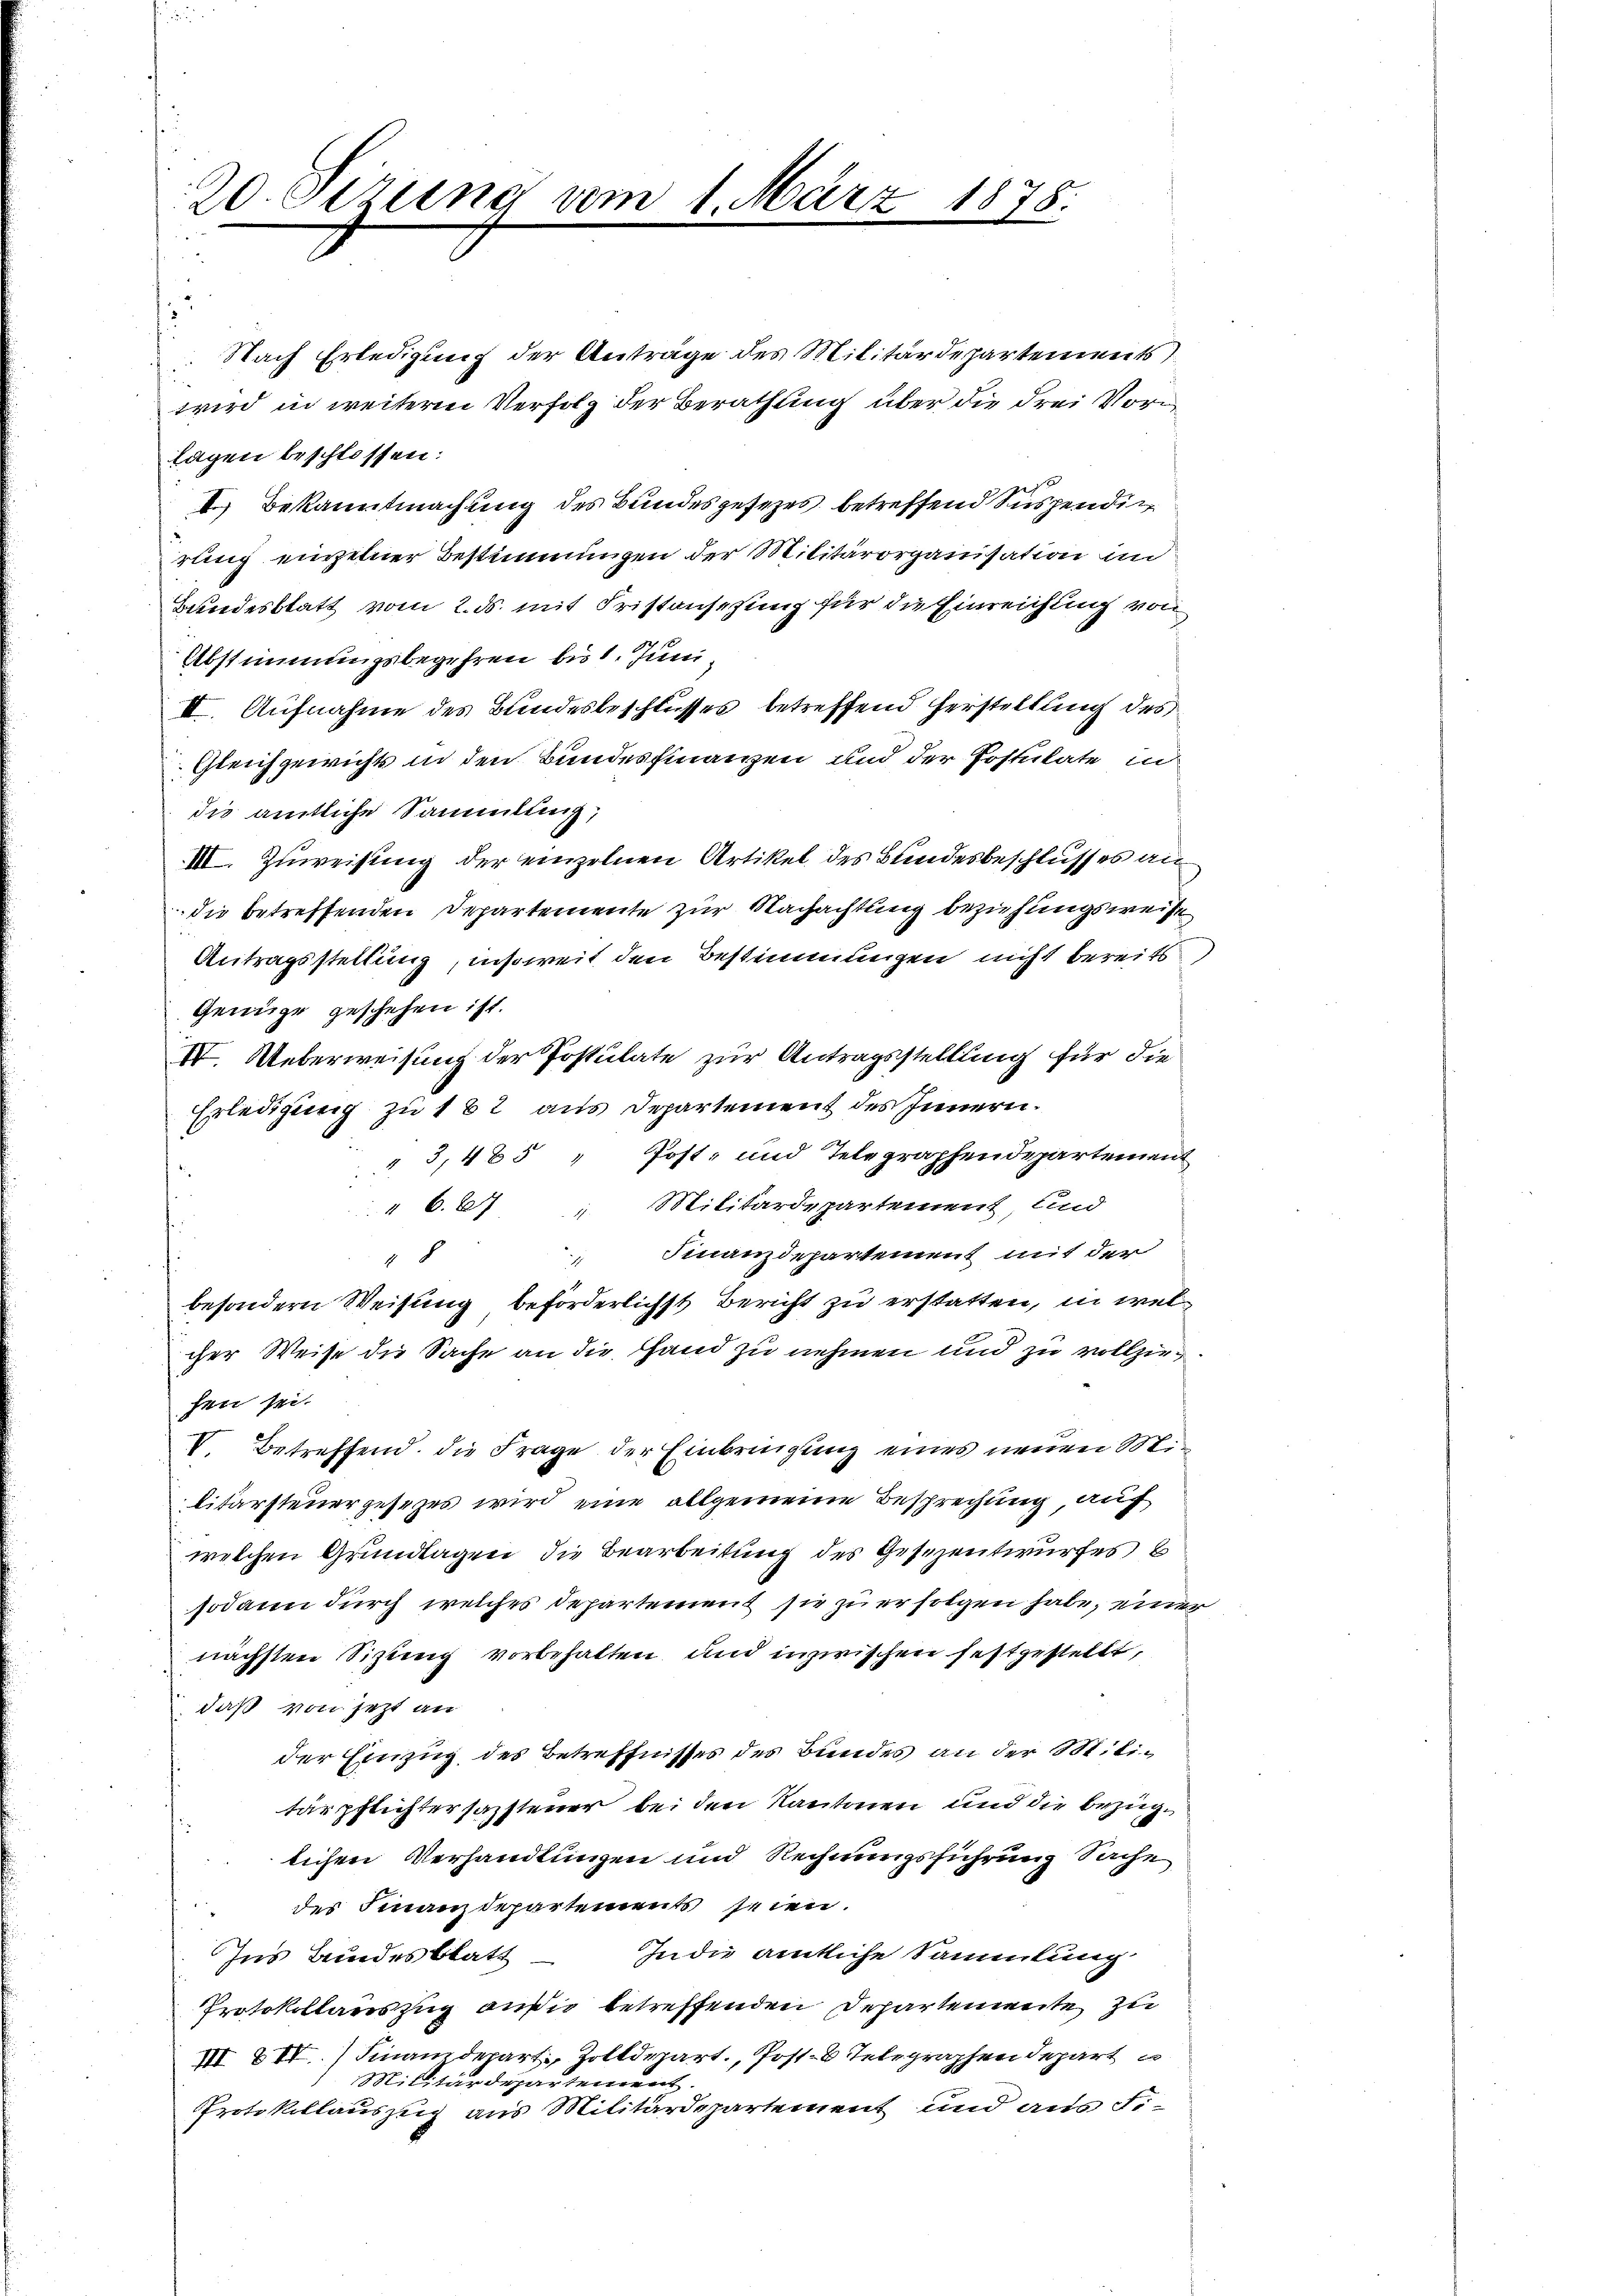
20. Sizung um 1. März

1878:

Nach Erledigung der Anträge des Militärdepartements
wird in weitern Verfolg der Berathung über die drei Vorm
lagen beschlossen:
i
 Bekanntmachung des Bundesgesezes betreffend Suspendig
rung einzelner Bestimmungen der Militärorganisation im
Bundesblatt vom 2. ds. mit Fristansehung für die Einreichung von
Abstimmungsbegehren bis 1. Juni
II. Aufnahme des Bundesbeschlusses betreffend Herstellung des
Gleichgewicht in den Bundesfinanzen und der Postulate in
die amtliche Sammlung,
III. Zuweisung der einzelnen Artikel des Bundesbeschlusses an
die betreffenden Departemente zur Nachachtung beziehungsweise
Antragsstellung, insoweit den Bestimmungen nicht bereits
Genüge geschehen ist.
IV. Ueberweisung der Postulate zur Antragsstellung für die
Erledigung zu 182 aus Departement des Innern.
" 3,425 " Post- und Telegraphendepartement
" 667 " Militärdepartement, und
 Finanzdepartement mit der
8
besondern Weisung beförderlichst Bericht zu erstatten, in welcher Weise die Sache an die Hand zu nehmen und zu vollziehen sei.
V. Betreffend die Frage der Einbringung eines neuen Mi
litarsteuergesezes wird eine allgemeine Besprechung, auf
welchen Grundlagen die Bearbeitung des Gesezentwurfes b
sodann durch welches Departement sie zu erfolgen habe, einer
nächsten Sitzung vorbehalten und inzwischen festgestellt,
daß von jetzt an
der Einzug des Betreffnisses des Bundes an der Militärpflichtersamsteuer bei den Kantonen und die bezüglichen Verhandlungen und Rechnungsführung Sache
des Finanzdepartements seien.
In die amtliche Sammlung
Ins Bundesblatt
Protokollauszug außer betreffenden Dehartenweite zu
VII. II. Finanzdepart, Zolldepart., Post-8 Telegraphendepart
Militärdepartement.
Protokollauszug aus Militärdepartement und aus Fi¬